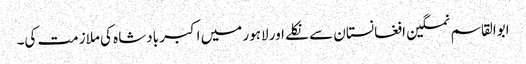
ابوالقاسم نمکین افغانستان سے نکلے اور لاہور میں اکبر بادشاہ کی ملازمت کی۔